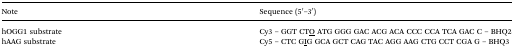
| Note | Sequence (5′–3′) |
 | --- | --- |
 | hOGG1 substrate | Cy3 – GGT CTO ATG GGG GAC ACG ACA CCC CCA TCA GAC C – BHQ2 |
 | hAAG substrate | Cy5 – CTC GIG GCA GCT CAG TAC AGG AAG CTG CCT CGA G – BHQ3 |